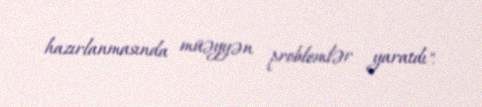
hazırlanmasında müəyyən problemlər yaratdı".